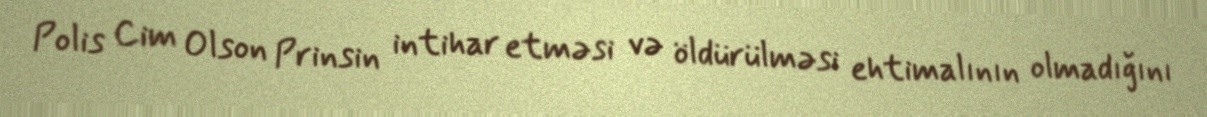
Polis Cim Olson Prinsin intihar etməsi və öldürülməsi ehtimalının olmadığını